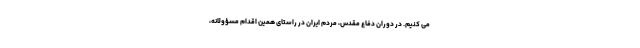
می کنیم. در دوران دفاع مقدس، مردم ایران در راستای همین اقدام مسؤولانه،